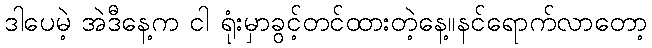
ဒါပေမဲ့ အဲဒီနေ့က ငါ ရုံးမှာခွင့်တင်ထားတဲ့နေ့။နင်ရောက်လာတော့